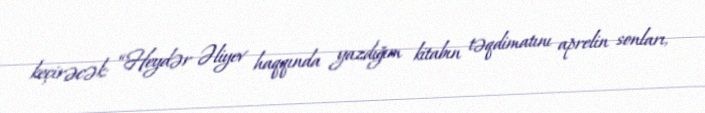
keçirəcək: “Heydər Əliyev haqqında yazdığım kitabın təqdimatını aprelin sonları,